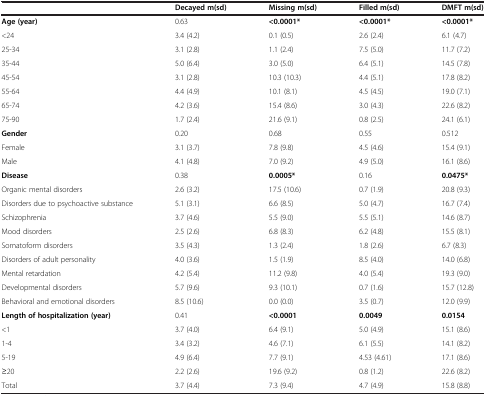
<table><thead><tr><td><b> </b></td><td><b>Decayed m(sd)</b></td><td><b>Missing m(sd)</b></td><td><b>Filled m(sd)</b></td><td><b>DMFT m(sd)</b></td></tr></thead><tbody><tr><td><b>Age (year)</b></td><td>0.63</td><td><b>&lt;0.0001*</b></td><td><b>&lt;0.0001*</b></td><td><b>&lt;0.0001*</b></td></tr><tr><td>&lt;24</td><td>3.4 (4.2)</td><td>0.1 (0.5)</td><td>2.6 (2.4)</td><td>6.1 (4.7)</td></tr><tr><td>25-34</td><td>3.1 (2.8)</td><td>1.1 (2.4)</td><td>7.5 (5.0)</td><td>11.7 (7.2)</td></tr><tr><td>35-44</td><td>5.0 (6.4)</td><td>3.0 (5.0)</td><td>6.4 (5.1)</td><td>14.5 (7.8)</td></tr><tr><td>45-54</td><td>3.1 (2.8)</td><td>10.3 (10.3)</td><td>4.4 (5.1)</td><td>17.8 (8.2)</td></tr><tr><td>55-64</td><td>4.4 (4.9)</td><td>10.1 (8.1)</td><td>4.5 (4.5)</td><td>19.0 (7.1)</td></tr><tr><td>65-74</td><td>4.2 (3.6)</td><td>15.4 (8.6)</td><td>3.0 (4.3)</td><td>22.6 (8.2)</td></tr><tr><td>75-90</td><td>1.7 (2.4)</td><td>21.6 (9.1)</td><td>0.8 (2.5)</td><td>24.1 (6.1)</td></tr><tr><td><b>Gender</b></td><td>0.20</td><td>0.68</td><td>0.55</td><td>0.512</td></tr><tr><td>Female</td><td>3.1 (3.7)</td><td>7.8 (9.8)</td><td>4.5 (4.6)</td><td>15.4 (9.1)</td></tr><tr><td>Male</td><td>4.1 (4.8)</td><td>7.0 (9.2)</td><td>4.9 (5.0)</td><td>16.1 (8.6)</td></tr><tr><td><b>Disease</b></td><td>0.38</td><td><b>0.0005*</b></td><td>0.16</td><td><b>0.0475*</b></td></tr><tr><td>Organic mental disorders</td><td>2.6 (3.2)</td><td>17.5 (10.6)</td><td>0.7 (1.9)</td><td>20.8 (9.3)</td></tr><tr><td>Disorders due to psychoactive substance</td><td>5.1 (3.1)</td><td>6.6 (8.5)</td><td>5.0 (4.7)</td><td>16.7 (7.4)</td></tr><tr><td>Schizophrenia</td><td>3.7 (4.6)</td><td>5.5 (9.0)</td><td>5.5 (5.1)</td><td>14.6 (8.7)</td></tr><tr><td>Mood disorders</td><td>2.5 (2.6)</td><td>6.8 (8.3)</td><td>6.2 (4.8)</td><td>15.5 (8.1)</td></tr><tr><td>Somatoform disorders</td><td>3.5 (4.3)</td><td>1.3 (2.4)</td><td>1.8 (2.6)</td><td>6.7 (8.3)</td></tr><tr><td>Disorders of adult personality</td><td>4.0 (3.6)</td><td>1.5 (1.9)</td><td>8.5 (4.0)</td><td>14.0 (6.8)</td></tr><tr><td>Mental retardation</td><td>4.2 (5.4)</td><td>11.2 (9.8)</td><td>4.0 (5.4)</td><td>19.3 (9.0)</td></tr><tr><td>Developmental disorders</td><td>5.7 (9.6)</td><td>9.3 (10.1)</td><td>0.7 (1.6)</td><td>15.7 (12.8)</td></tr><tr><td>Behavioral and emotional disorders</td><td>8.5 (10.6)</td><td>0.0 (0.0)</td><td>3.5 (0.7)</td><td>12.0 (9.9)</td></tr><tr><td><b>Length of hospitalization (year)</b></td><td>0.41</td><td><b>&lt;0.0001</b></td><td><b>0.0049</b></td><td><b>0.0154</b></td></tr><tr><td>&lt;1</td><td>3.7 (4.0)</td><td>6.4 (9.1)</td><td>5.0 (4.9)</td><td>15.1 (8.6)</td></tr><tr><td>1-4</td><td>3.4 (3.2)</td><td>4.6 (7.1)</td><td>6.1 (5.5)</td><td>14.1 (8.2)</td></tr><tr><td>5-19</td><td>4.9 (6.4)</td><td>7.7 (9.1)</td><td>4.53 (4.61)</td><td>17.1 (8.6)</td></tr><tr><td>≥20</td><td>2.2 (2.6)</td><td>19.6 (9.2)</td><td>0.8 (1.2)</td><td>22.6 (8.2)</td></tr><tr><td>Total</td><td>3.7 (4.4)</td><td>7.3 (9.4)</td><td>4.7 (4.9)</td><td>15.8 (8.8)</td></tr></tbody></table>